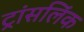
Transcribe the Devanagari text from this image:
ट्रांसलिंक